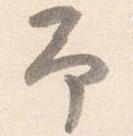
予